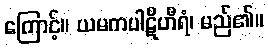
ကြောင့်။ ယမကပါဋိဟီရံ၊ မည်၏။